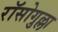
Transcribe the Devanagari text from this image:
रॉसोगुल्ला